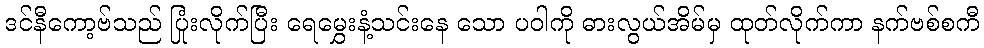
ဒင်နီကော့ဗ်သည် ပြုံးလိုက်ပြီး ရေမွှေးနံ့သင်းနေ သော ပဝါကို ဓားလွယ်အိမ်မှ ထုတ်လိုက်ကာ နက်ဗစ်စကီ